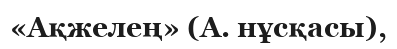
«Ақжелең» (А. нұсқасы),